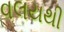
વલયથી